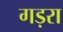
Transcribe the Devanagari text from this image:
गड़रा